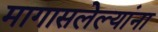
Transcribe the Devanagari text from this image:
मागासलेल्यांना